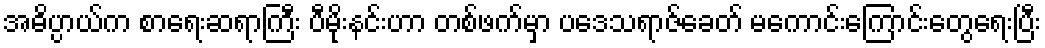
အဓိပ္ပာယ်က စာရေးဆရာကြီး ပီမိုးနင်းဟာ တစ်ဖက်မှာ ပဒေသရာဇ်ခေတ် မကောင်းကြောင်းတွေရေးပြီး